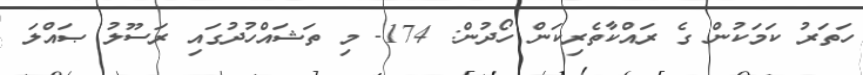
ހަތަރު ކަމަކުން ގެ ރައްކާތެރިކަން ހޯދުން: 174- މި ތަޝައްހުދުގައި ރަސޫލު ޞައްލަ